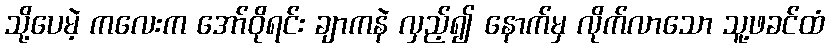
သို့ပေမဲ့ ကလေးက အော်ဝိုရင်း ချာကနဲ လှည့်၍ နောက်မှ လိုက်လာသော သူ့ဖခင်ထံ